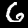
Digit: 6